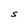
Character: S